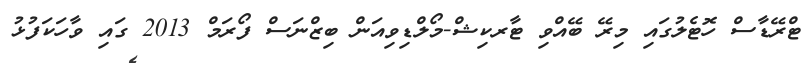
ޓްރޭޑާސް ހޮޓެލުގައި މިރޭ ބޭއްވި ޓާރކިޝް-މޯލްޑިވިއަން ބިޒްނަސް ފޯރަމް 2013 ގައި ވާހަކަފުޅު